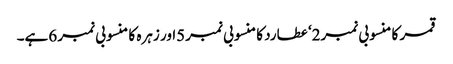
قمر کا منسوبی نمبر2‘ عطارد کا منسوبی نمبر5اور زہرہ کا منسوبی نمبر 6ہے۔